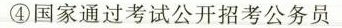
④国家通过考试公开招考公务员